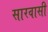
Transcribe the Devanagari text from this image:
सारवासी